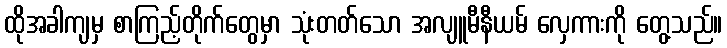
ထိုအခါကျမှ စာကြည့်တိုက်တွေမှာ သုံးတတ်သော အလျူမီနီယမ် လှေကားကို တွေ့သည်။